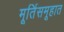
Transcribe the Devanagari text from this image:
मूर्तिसमूहात